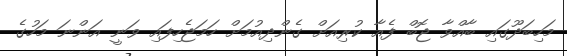
މަހިބަދޫގައި ބާއްވާ ޖޮބް ފެއާ ކުރިއަށް ގެންދިއުމަށް ހަމަޖެހިފައި ވަނީ އަންނަ މަހުގެ